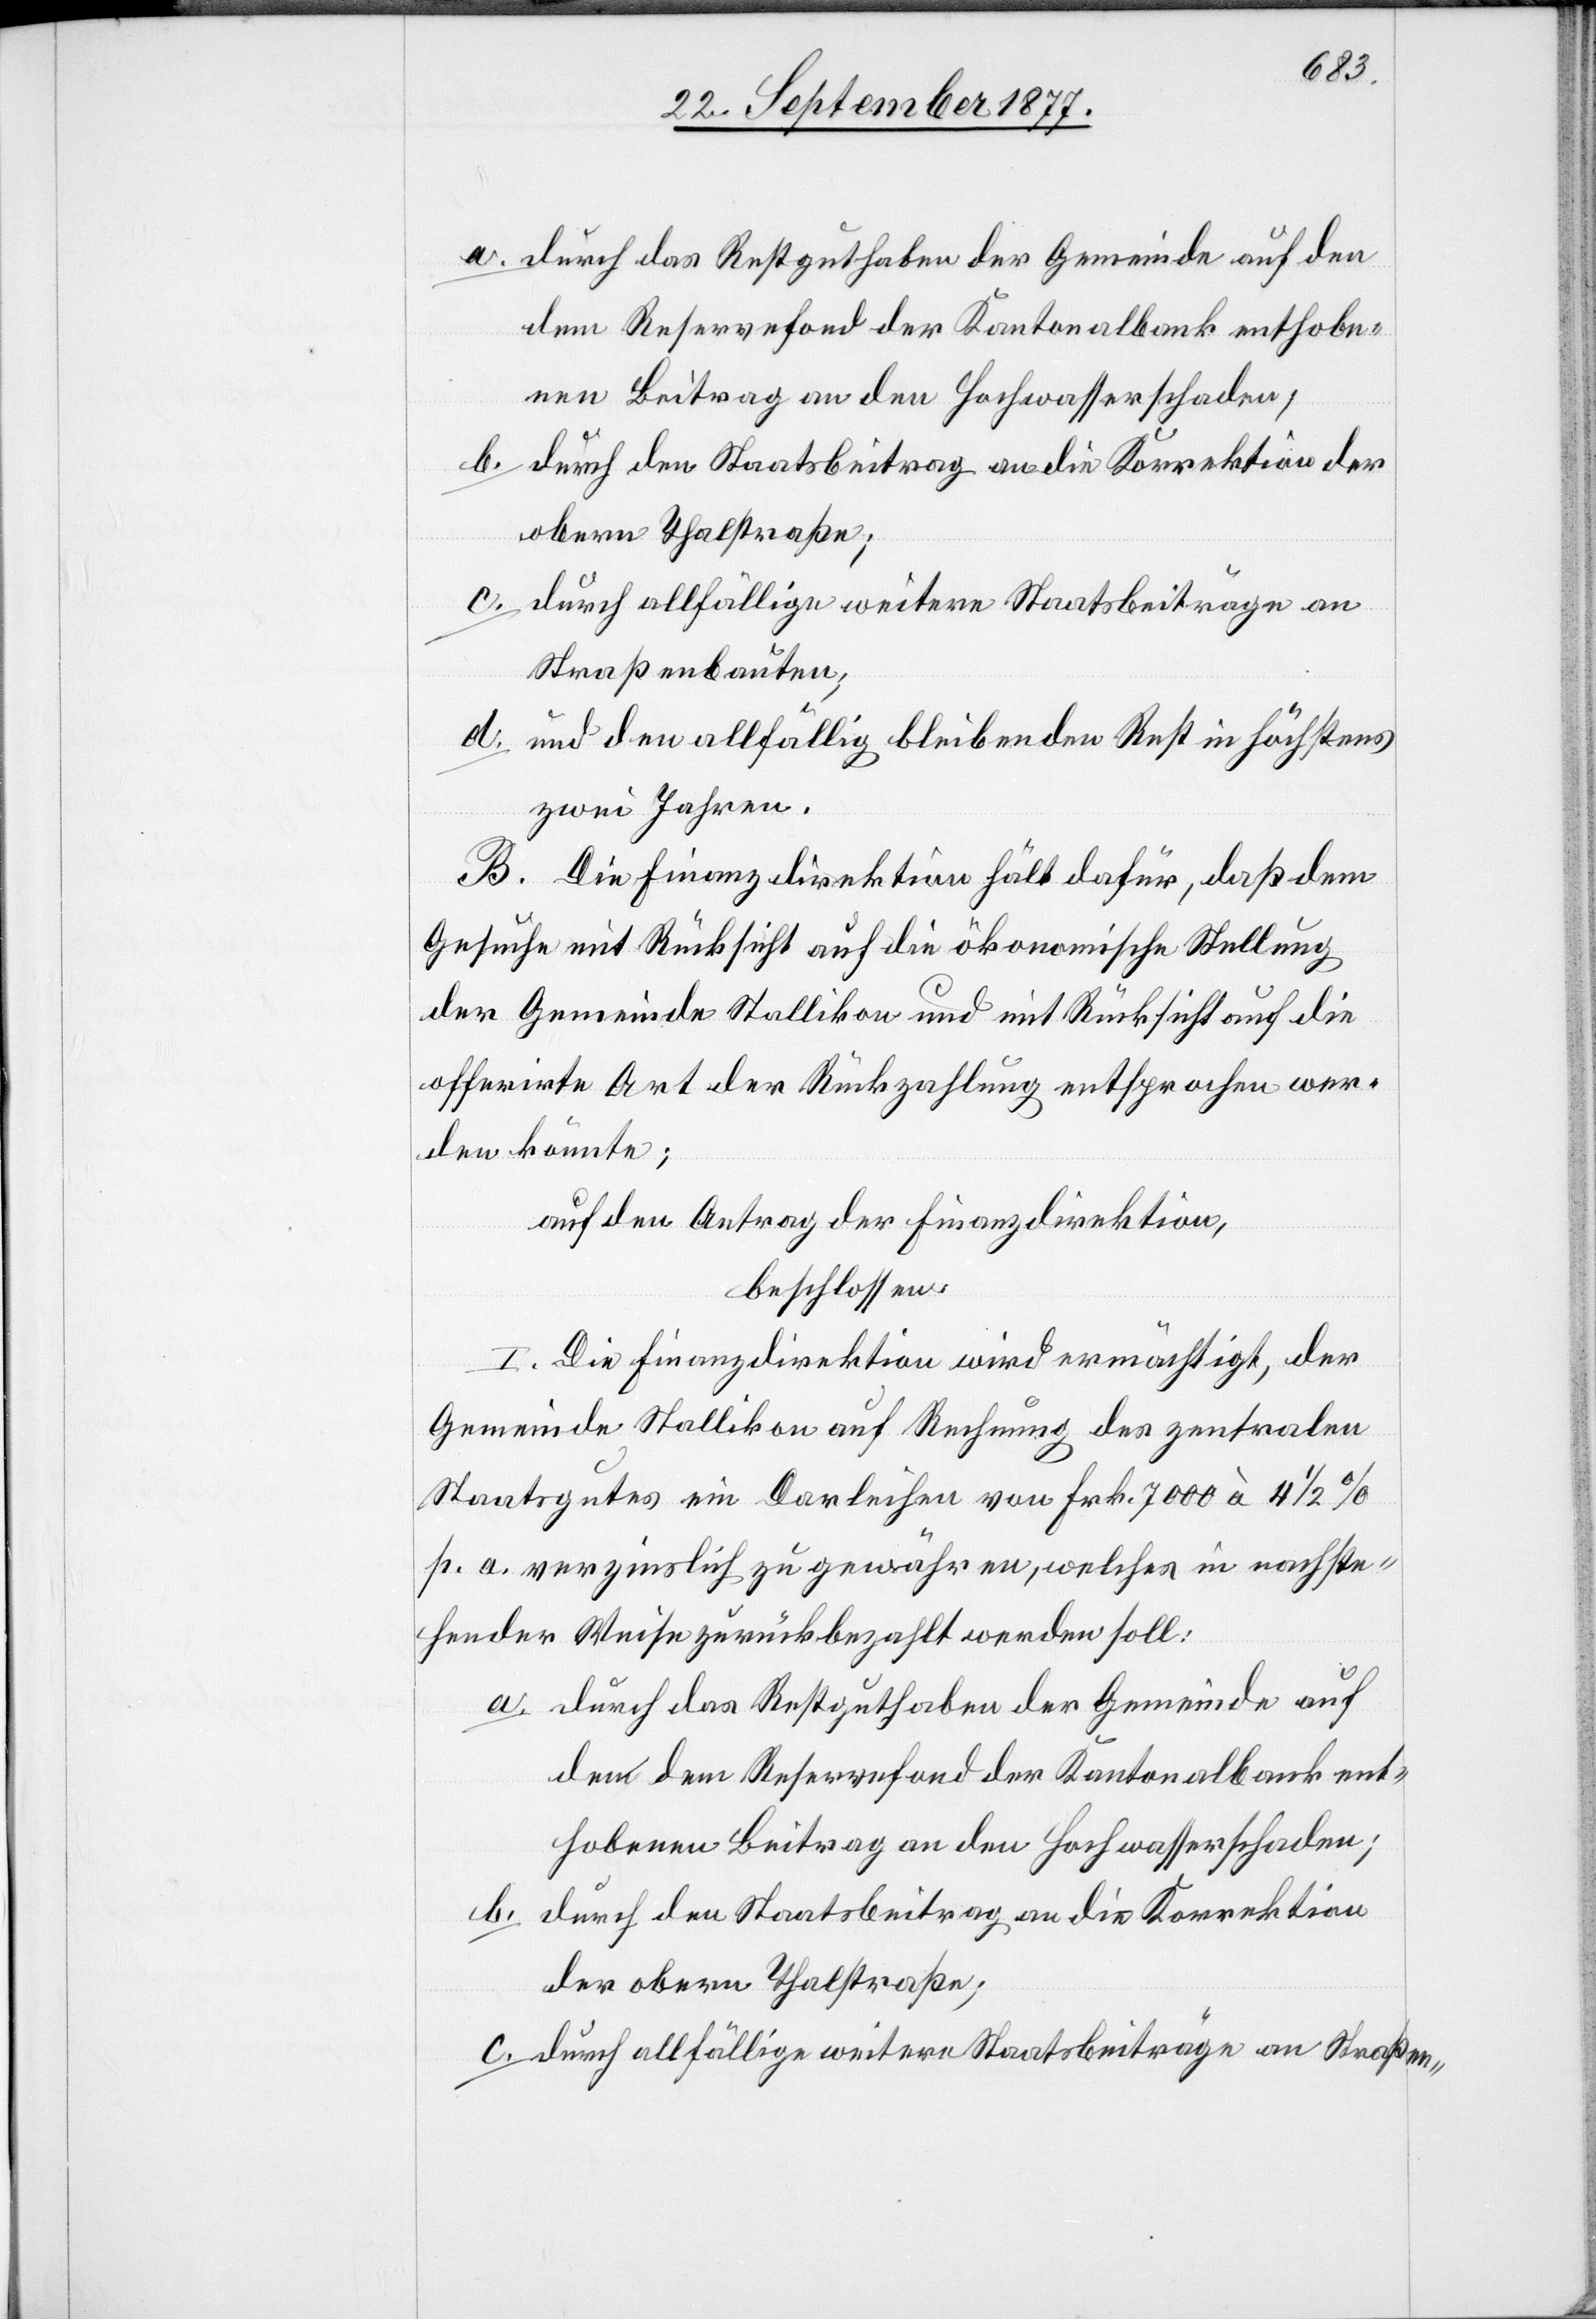
durch das Restguthaben der Gemeinde auf den
dem Reservefond der Kantonalbank enthobe¬
nen Beitrag an den Hochwasserschaden;
durch den Staatsbeitrag an die Korrektion der
obern Thalstraße;
durch allfällige weitere Staatsbeiträge an
b.
Straßenbauten;
d.
und den allfällig bleibenden Rest in höchstens
zwei Jahren.
B. Die Finanzdirektion hält dafür, daß dem
Gesuche mit Rücksicht auf die ökonomische Stellung
der Gemeinde Stallikon und mit Rücksicht auf die
offerirte Art der Rückzahlung entsprochen wer¬
den könnte;
auf den Antrag der Finanzdirektion,
beschlossen:
I. Die Finanzdirektion wird ermächtigt, der
Gemeinde Stallikon auf Rechnung des zentralen
Staatsgutes ein Darleihen von Frk. 7000 à 4 1/2 %
p. a. verzinslich zu gewähren, welches in nachste¬
hender Weise zurückbezahlt werden soll:
durch den Staatsbeitrag an die Korrektion
der obern Thalstraße;
durch allfällige weitere Staatsbeiträge an Straßen-